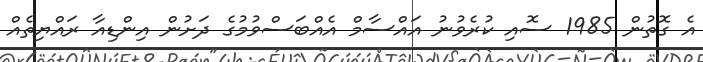
އެ ގޮތުން 1985 ސޮއި ކުރެވުނު އައްސާމް އެއްބަސްވުމުގެ ދަށުން އިންޑިއާ ރައްޔިތެއް